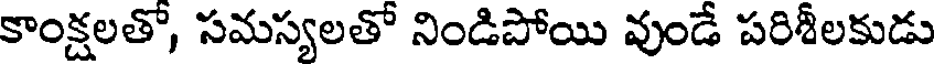
కాంక్షలతొ, సమస్యలతో నిండిపోయి వుండే పరిశీలకుడు